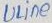
Text: ULine